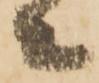
等